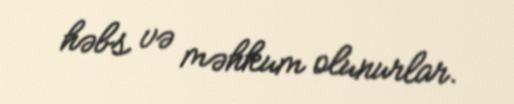
həbs və məhkum olunurlar.